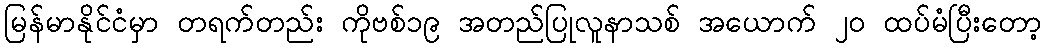
မြန်မာနိုင်ငံမှာ တရက်တည်း ကိုဗစ်၁၉ အတည်ပြုလူနာသစ် အယောက် ၂၀ ထပ်မံပြီးတော့